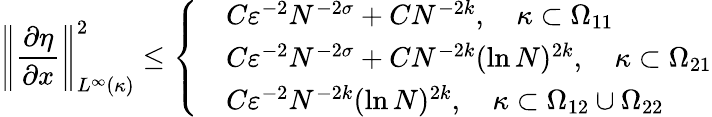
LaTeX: \left\Vert\frac{\partial\eta}{\partial x}\right\Vert_{L^{\infty}(\kappa)}^{2}\le\left\{ \begin{array}{rl}&{C\varepsilon^{-2}N^{-2\sigma}+CN^{-2k},\quad\kappa\subset\Omega_{11}}\\ &{C\varepsilon^{-2}N^{-2\sigma}+CN^{-2k}(\ln N)^{2k},\quad\kappa\subset\Omega_{21}}\\ &{C\varepsilon^{-2}N^{-2k}(\ln N)^{2k},\quad\kappa\subset\Omega_{12}\cup\Omega_{22}}\end{array}\right.